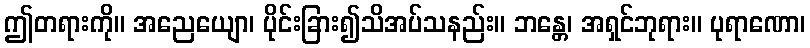
ဤတရားကို။ အညေယျော၊ ပိုင်းခြား၍သိအပ်သနည်း။ ဘန္တေ၊ အရှင်ဘုရား။ ပုရာဏော၊